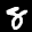
Label: 8